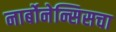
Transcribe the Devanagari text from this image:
नार्बोनेन्सिसचा